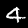
Digit: 4